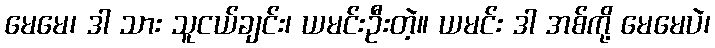
မေမေ၊ ဒါ သား သူငယ်ချင်း၊ ယမင်းဦးတဲ့။ ယမင်း ဒါ အစ်ကို့ မေမေပဲ၊